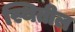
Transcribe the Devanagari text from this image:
स्थितील